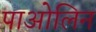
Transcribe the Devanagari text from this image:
पाओलिन